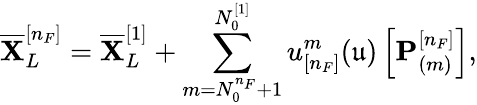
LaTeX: \overline{{\mathbf{X}}}_{L}^{[n_{F}]}=\overline{{\mathbf{X}}}_{L}^{[1]}+\sum_{m=N_{0}^{n_{F}}+1}^{N_{0}^{[1]}}u_{[n_{F}]}^{m}(\mathfrak{u})\left[\mathbf{P}_{(m)}^{[n_{F}]}\right],